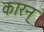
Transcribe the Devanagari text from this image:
कारन्